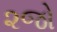
૨જો